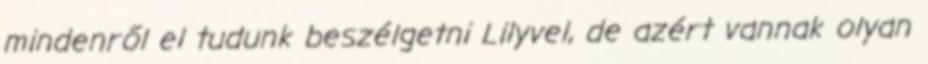
mindenről el tudunk beszélgetni Lilyvel, de azért vannak olyan